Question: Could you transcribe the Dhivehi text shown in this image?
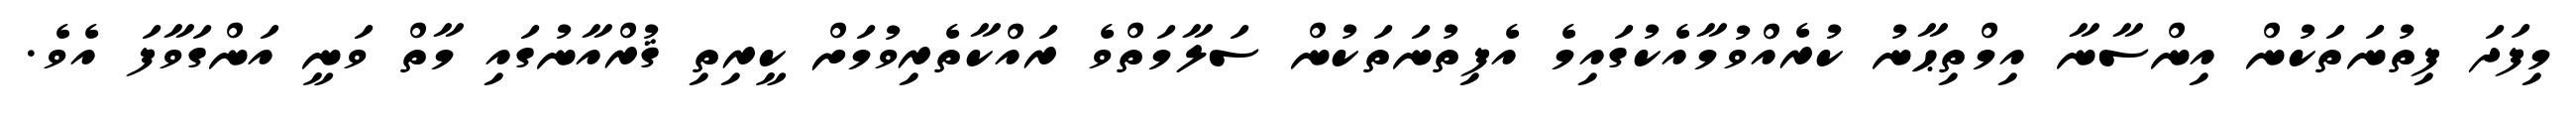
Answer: މިފަދަ ފިތުނަތަކުން އިންސާނާ އިމްތިޙާނު ކުރެއްވުމާއެކުގައިމެ އެފިތުނަތަކުން ސަލާމަތްވެ ރައްކާތެރިވުމަށް ކީރިތި ޤުރްއާނުގައި މާތް ވަނީ އަންގަވާފަ އެވެ.